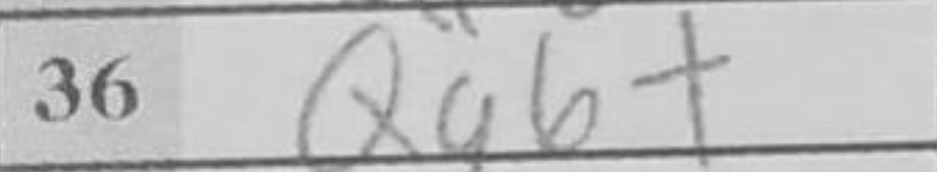
Transcription: Kd5